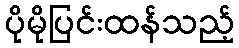
ပိုမိုပြင်းထန်သည့်